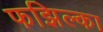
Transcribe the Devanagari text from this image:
फझिल्का